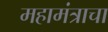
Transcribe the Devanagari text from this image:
महामंत्राचा